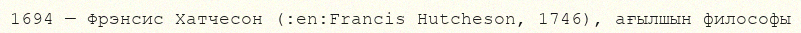
1694 — Фрэнсис Хатчесон (:en:Francis Hutcheson, 1746), ағылшын философы